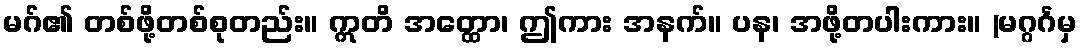
မဂ်၏ တစ်ဖို့တစ်စုတည်း။ ဣတိ အတ္ထော၊ ဤကား အနက်။ ပန၊ အဖို့တပါးကား။ (မဂ္ဂင်္ဂမှ